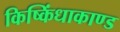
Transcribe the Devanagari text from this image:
किष्किंधाकाण्ड